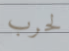
لحرب